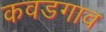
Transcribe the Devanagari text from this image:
कवडगाव